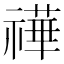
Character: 𥛵